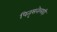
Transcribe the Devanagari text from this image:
पितृसत्तेलाही